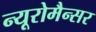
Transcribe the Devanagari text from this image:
न्यूरोमैन्सर